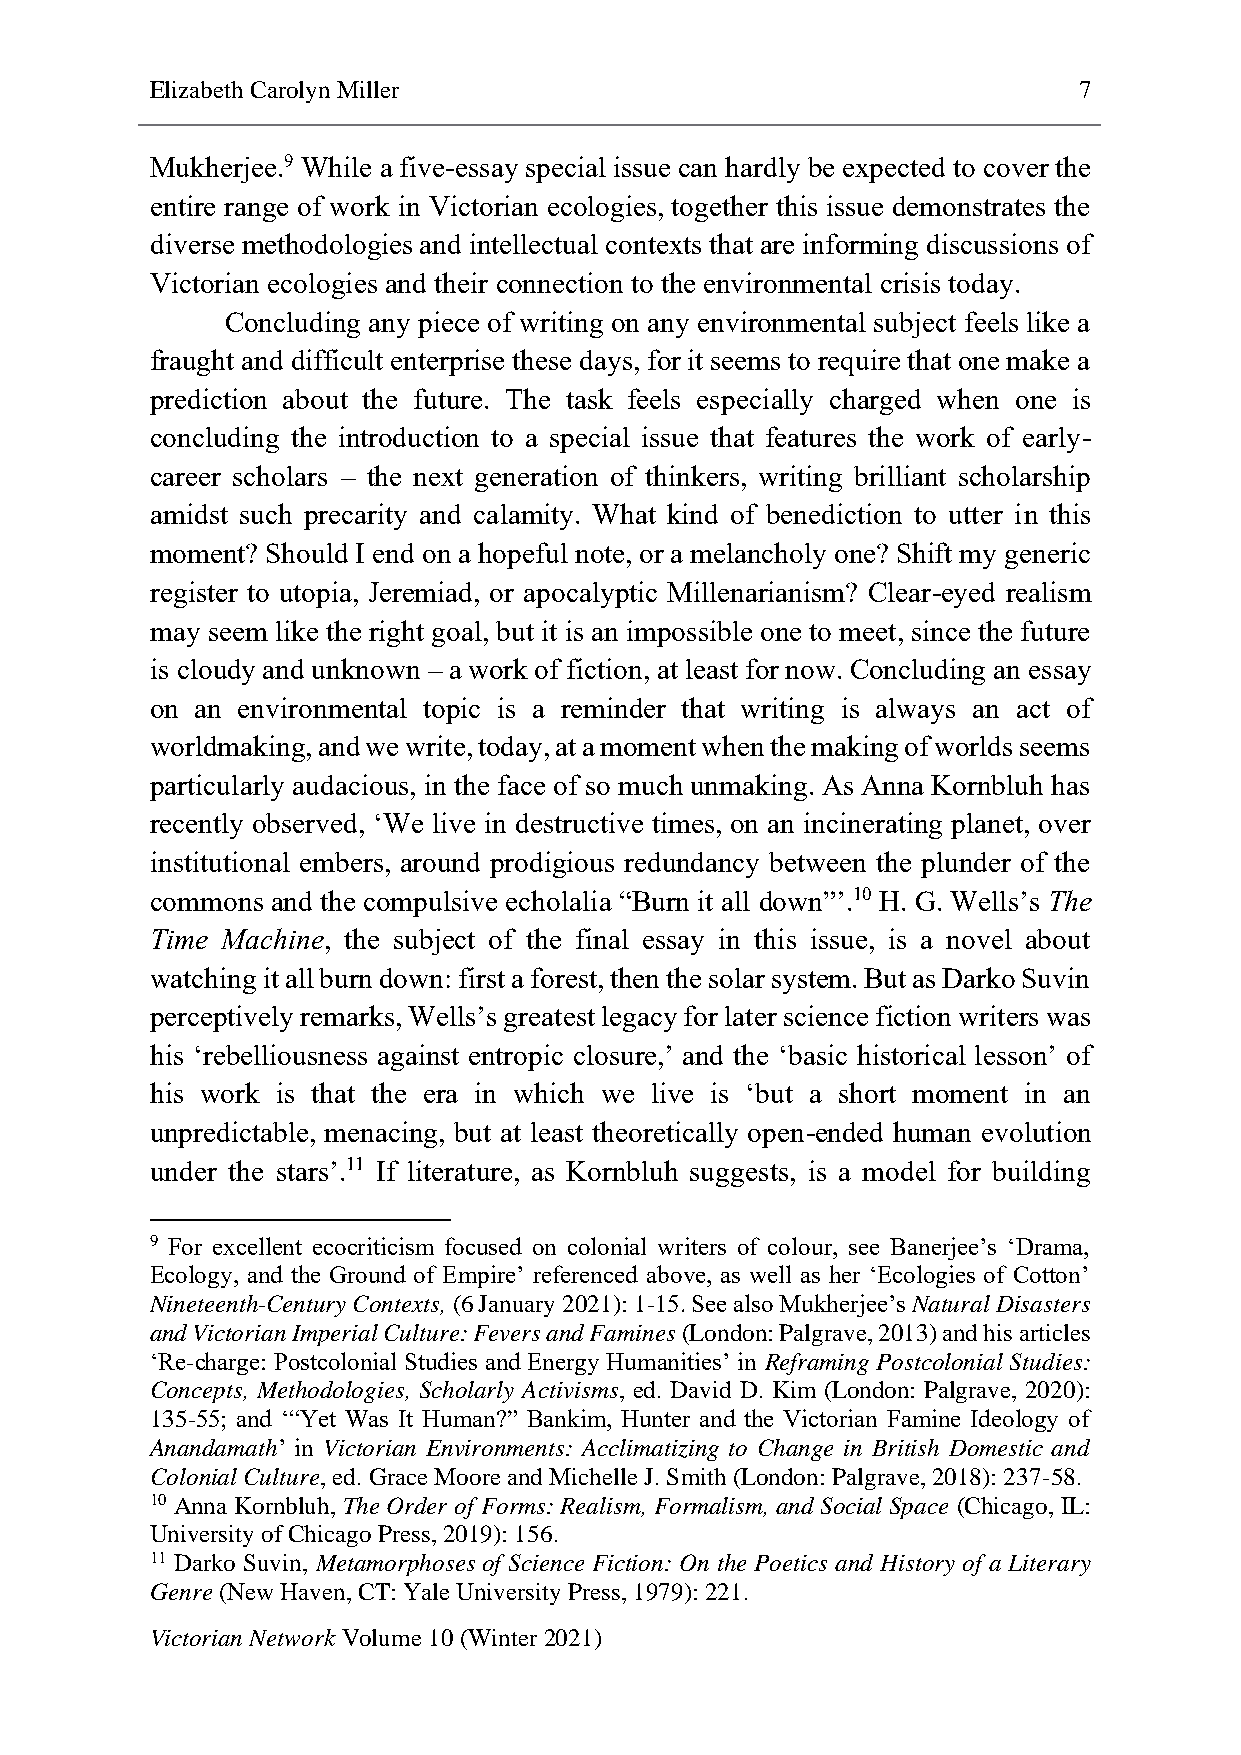
Elizabeth Carolyn Miller                                     7
 Mukherjee.9 While a five-essay special issue can hardly be expected to cover the
 entire range of work in Victorian ecologies, together this issue demonstrates the
 diverse methodologies and intellectual contexts that are informing discussions of
 Victorian ecologies and their connection to the environmental crisis today.
 Concluding any piece of writing on any environmental subject feels like a
 fraught and difficult enterprise these days, for it seems to require that one make a
 prediction about the future. The task feels especially charged when one is
 concluding the introduction to a special issue that features the work of early-
 career scholars – the next generation of thinkers, writing brilliant scholarship
 amidst such precarity and calamity. What kind of benediction to utter in this
 moment? Should I end on a hopeful note, or a melancholy one? Shift my generic
 register to utopia, Jeremiad, or apocalyptic Millenarianism? Clear-eyed realism
 may seem like the right goal, but it is an impossible one to meet, since the future
 is cloudy and unknown – a work of fiction, at least for now. Concluding an essay
 on an environmental topic is a reminder that writing is always an act of
 worldmaking, and we write, today, at a moment when the making of worlds seems
 particularly audacious, in the face of so much unmaking. As Anna Kornbluh has
 recently observed, ‘We live in destructive times, on an incinerating planet, over
 institutional embers, around prodigious redundancy between the plunder of the
 commons and the compulsive echolalia “Burn it all down”’.10 H. G. Wells’s The
 Time Machine, the subject of the final essay in this issue, is a novel about
 watching it all burn down: first a forest, then the solar system. But as Darko Suvin
 perceptively remarks, Wells’s greatest legacy for later science fiction writers was
 his ‘rebelliousness against entropic closure,’ and the ‘basic historical lesson’ of
 his work is that the era in which we live is ‘but a short moment in an
 unpredictable, menacing, but at least theoretically open-ended human evolution
 under the stars’.11 If literature, as Kornbluh suggests, is a model for building
 9 For excellent ecocriticism focused on colonial writers of colour, see Banerjee’s ‘Drama,
 Ecology, and the Ground of Empire’ referenced above, as well as her ‘Ecologies of Cotton’
 Nineteenth-Century Contexts, (6 January 2021): 1-15. See also Mukherjee’s Natural Disasters
 and Victorian Imperial Culture: Fevers and Famines (London: Palgrave, 2013) and his articles
 ‘Re-charge: Postcolonial Studies and Energy Humanities’ in Reframing Postcolonial Studies:
 Concepts, Methodologies, Scholarly Activisms, ed. David D. Kim (London: Palgrave, 2020):
 135-55; and ‘“Yet Was It Human?” Bankim, Hunter and the Victorian Famine Ideology of
 Anandamath’ in Victorian Environments: Acclimatizing to Change in British Domestic and
 Colonial Culture, ed. Grace Moore and Michelle J. Smith (London: Palgrave, 2018): 237-58.
 10 Anna Kornbluh, The Order of Forms: Realism, Formalism, and Social Space (Chicago, IL:
 University of Chicago Press, 2019): 156.
 11 Darko Suvin, Metamorphoses of Science Fiction: On the Poetics and History of a Literary
 Genre (New Haven, CT: Yale University Press, 1979): 221.
 Victorian Network Volume 10 (Winter 2021)